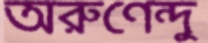
অরুণেন্দু